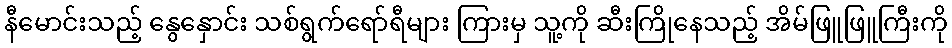
နီမောင်းသည့် နွေနှောင်း သစ်ရွက်ရော်ရီများ ကြားမှ သူ့ကို ဆီးကြိုနေသည့် အိမ်ဖြူဖြူကြီးကို